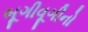
બૂગીવૂગીનો